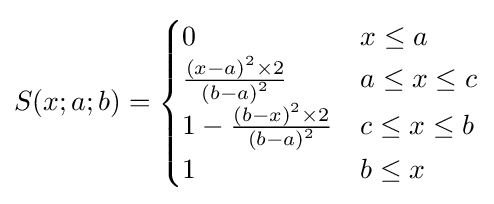
S(x;a;b)={\begin{cases}0&x\leq a\\{\frac {\left(x-a\right)^{2}\times 2}{\left(b-a\right)^{2}}}&a\leq x\leq c\\1-{\frac {\left(b-x\right)^{2}\times 2}{\left(b-a\right)^{2}}}&c\leq x\leq b\\1&b\leq x\end{cases}}